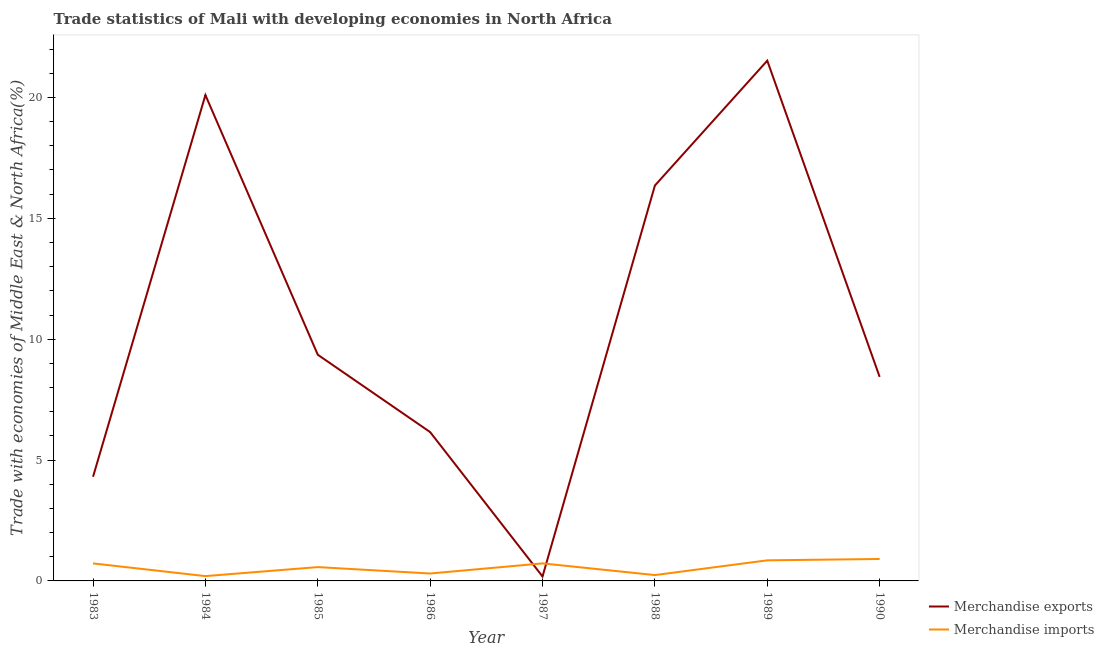
| Year | Merchandise exports | Merchandise imports |
 | --- | --- | --- |
 | 1983 | 4.31 | 0.724 |
 | 1984 | 20.1 | 0.2 |
 | 1985 | 9.36 | 0.572 |
 | 1986 | 6.16 | 0.307 |
 | 1987 | 0.184 | 0.725 |
 | 1988 | 16.4 | 0.242 |
 | 1989 | 21.5 | 0.852 |
 | 1990 | 8.44 | 0.908 |